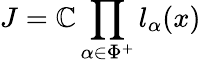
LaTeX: J=\mathbb{C}\prod_{\alpha\in\Phi^{+}}l_{\alpha}(x)